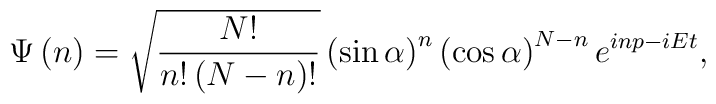
\Psi \left( n\right) =\sqrt{\frac{N!}{n!\left( N-n\right) !}}\left( \sin\alpha \right) ^{n}\left( \cos \alpha \right) ^{N-n}e^{inp-iEt},